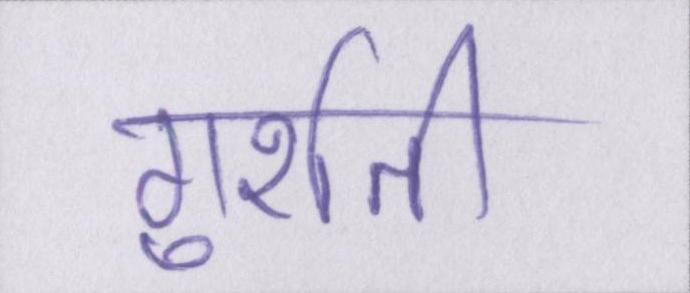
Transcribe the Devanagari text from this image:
गुर्राती